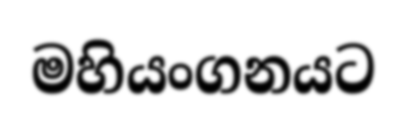
මහියංගනයට